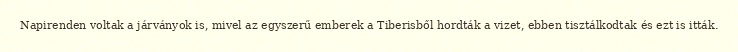
Napirenden voltak a járványok is, mivel az egyszerű emberek a Tiberisből hordták a vizet, ebben tisztálkodtak és ezt is itták.